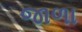
જાળા